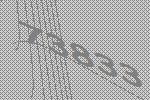
73833